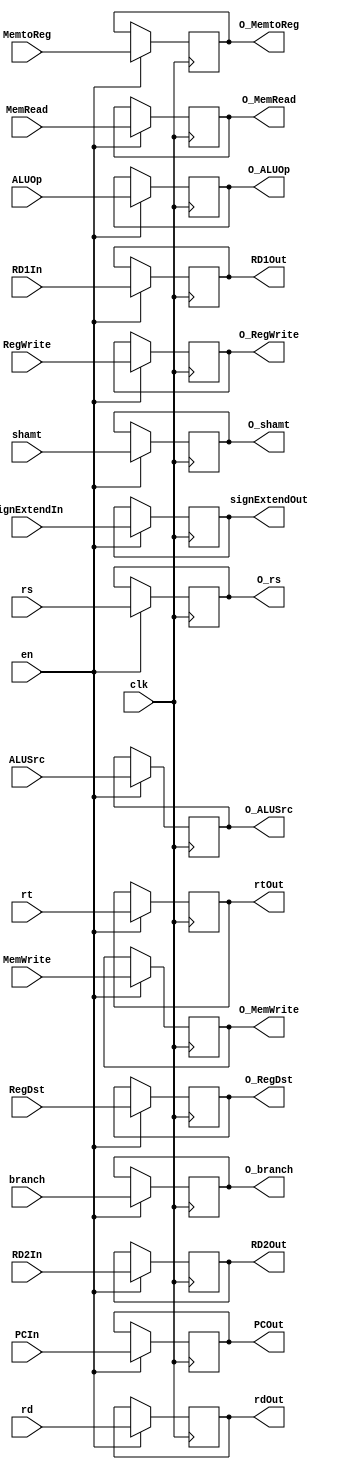

module ID_EX( clk, en, PCIn, RD1In, RD2In, signExtendIn, PCOut, RD1Out, RD2Out, signExtendOut, rd, rt, rdOut, rtOut
			, RegDst, ALUSrc, ALUOp
			, O_RegDst, O_ALUSrc, O_ALUOp
			
			, MemRead, MemWrite, branch
			, O_MemRead, O_MemWrite, O_branch 
			
			, RegWrite, MemtoReg
            , O_RegWrite, O_MemtoReg
			, rs  // hazard detect -> forwarding 
			, O_rs
			
			, shamt
			, O_shamt
			) ;
	
	input clk, en ;
	input[31:0] PCIn, RD1In, RD2In, signExtendIn ; 
	input[4:0] rd, rt, rs, shamt  ; 
	input RegDst, ALUSrc, MemRead, MemWrite, RegWrite, MemtoReg, branch ;
	input[2:0]  ALUOp ;
	
	output reg[2:0]  O_ALUOp ;
	output reg[31:0] PCOut, RD1Out, RD2Out, signExtendOut ; 
	output reg[4:0] rdOut, rtOut, O_rs, O_shamt ; 
	output reg O_RegDst, O_ALUSrc, O_MemRead, O_MemWrite, O_RegWrite, O_MemtoReg, O_branch ;
	/* 
	WB 	RegWrite, MemtoReg 
	
	MEM MemRead, MemWrite
	
	EX 	RegDst, ALUSrc, ALUOp
	*/ 
	
	always @( posedge clk ) 
	begin
		if ( en ) begin 
		rdOut <= rd ;
		rtOut <= rt ;
		PCOut <= PCIn;
		RD1Out <= RD1In;
		RD2Out <= RD2In ;
		signExtendOut <= signExtendIn ;
		O_RegDst <= RegDst;
		O_ALUSrc <= ALUSrc;
		O_ALUOp <= ALUOp;
		O_MemRead <= MemRead;
		O_MemWrite <= MemWrite;
		O_RegWrite <= RegWrite;
		O_MemtoReg <= MemtoReg;
		O_branch <= branch;
		O_rs <= rs ; 
		O_shamt <= shamt ; 
		end // if 
			
    end 
	
endmodule